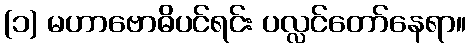
(၁) မဟာဗောဓိပင်ရင်း ပလ္လင်တော်နေရာ။